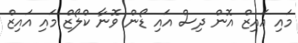
މައި އައިޒް އޮން ދިސް އައި ޑޯން ވޮނާ ކްލޯޒް މައި އައިޒް